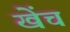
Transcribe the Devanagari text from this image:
खेंच